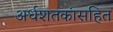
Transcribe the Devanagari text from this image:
अर्धशतकांसहित